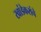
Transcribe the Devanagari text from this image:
खांडेकरांचे